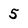
Character: 5